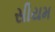
સીયમ